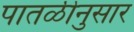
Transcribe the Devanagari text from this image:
पातळीनुसार